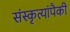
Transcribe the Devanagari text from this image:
संस्कृत्यांपैकी